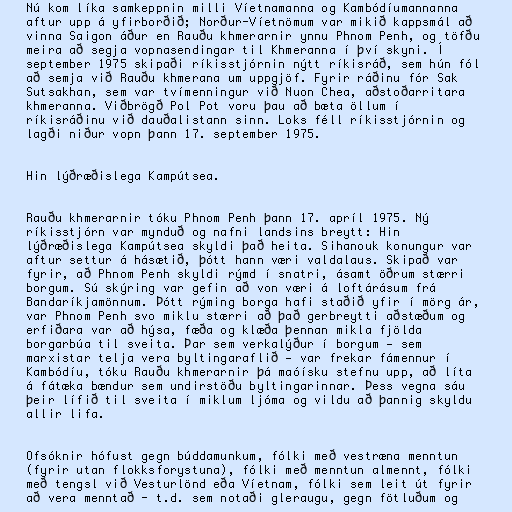
Nú kom líka samkeppnin milli Víetnamanna og Kambódíumannanna
aftur upp á yfirborðið; Norður-Víetnömum var mikið kappsmál að
vinna Saigon áður en Rauðu khmerarnir ynnu Phnom Penh, og töfðu
meira að segja vopnasendingar til Khmeranna í því skyni. Í
september 1975 skipaði ríkisstjórnin nýtt ríkisráð, sem hún fól
að semja við Rauðu khmerana um uppgjöf. Fyrir ráðinu fór Sak
Sutsakhan, sem var tvímenningur við Nuon Chea, aðstoðarritara
khmeranna. Viðbrögð Pol Pot voru þau að bæta öllum í
ríkisráðinu við dauðalistann sinn. Loks féll ríkisstjórnin og
lagði niður vopn þann 17. september 1975.

Hin lýðræðislega Kampútsea.

Rauðu khmerarnir tóku Phnom Penh þann 17. apríl 1975. Ný
ríkisstjórn var mynduð og nafni landsins breytt: Hin
lýðræðislega Kampútsea skyldi það heita. Sihanouk konungur var
aftur settur á hásætið, þótt hann væri valdalaus. Skipað var
fyrir, að Phnom Penh skyldi rýmd í snatri, ásamt öðrum stærri
borgum. Sú skýring var gefin að von væri á loftárásum frá
Bandaríkjamönnum. Þótt rýming borga hafi staðið yfir í mörg ár,
var Phnom Penh svo miklu stærri að það gerbreytti aðstæðum og
erfiðara var að hýsa, fæða og klæða þennan mikla fjölda
borgarbúa til sveita. Þar sem verkalýður í borgum — sem
marxistar telja vera byltingaraflið — var frekar fámennur í
Kambódíu, tóku Rauðu khmerarnir þá maóísku stefnu upp, að líta
á fátæka bændur sem undirstöðu byltingarinnar. Þess vegna sáu
þeir lífið til sveita í miklum ljóma og vildu að þannig skyldu
allir lifa.

Ofsóknir hófust gegn búddamunkum, fólki með vestræna menntun
(fyrir utan flokksforystuna), fólki með menntun almennt, fólki
með tengsl við Vesturlönd eða Víetnam, fólki sem leit út fyrir
að vera menntað - t.d. sem notaði gleraugu, gegn fötluðum og